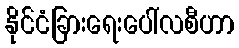
နိုင်ငံခြားရေးပေါ်လစီဟာ